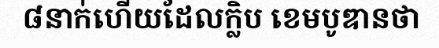
៨នាក់ហើយដែលក្លិប ខេមបូឌានថា